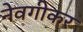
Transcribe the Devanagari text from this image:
नेवगीकर